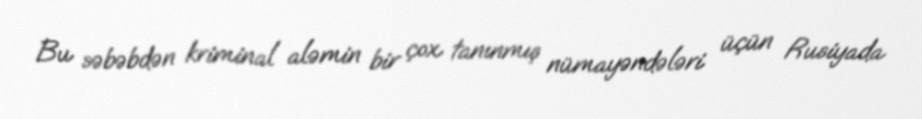
Bu səbəbdən kriminal aləmin bir çox tanınmış nümayəndələri üçün Rusiyada